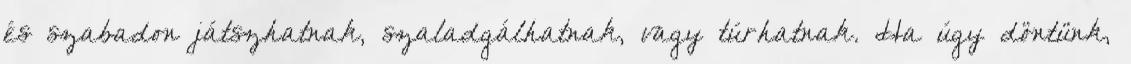
és szabadon játszhatnak, szaladgálhatnak, vagy túrhatnak. Ha úgy döntünk,